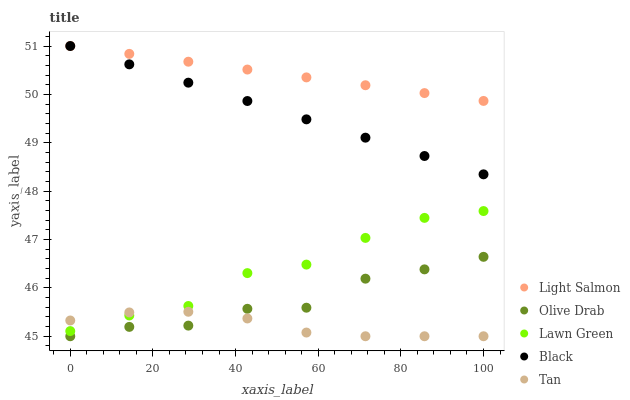
| xaxis_label | Light Salmon | Olive Drab | Lawn Green | Black | Tan |
 | --- | --- | --- | --- | --- | --- |
 | 0 | 51 | 45 | 45.1 | 51 | 45.3 |
 | 14.3 | 50.8 | 45.2 | 45.4 | 50.6 | 45.5 |
 | 28.6 | 50.7 | 45.2 | 45.6 | 50.2 | 45.5 |
 | 42.9 | 50.5 | 45.6 | 46.3 | 49.9 | 45.4 |
 | 57.1 | 50.4 | 45.6 | 46.5 | 49.5 | 45.1 |
 | 71.4 | 50.2 | 46.2 | 47 | 49.1 | 45 |
 | 85.7 | 50 | 46.4 | 47.4 | 48.7 | 45 |
 | 100 | 49.9 | 46.6 | 47.6 | 48.3 | 45 |